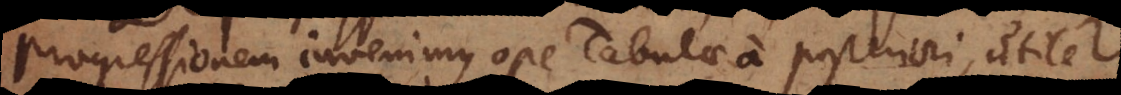
progressionem invenimus ope Tabulae a posteriori, utile